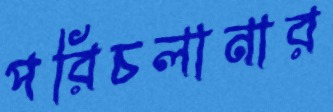
পরিচলানার